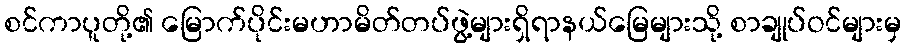
စင်ကာပူတို့၏ မြောက်ပိုင်းမဟာမိတ်တပ်ဖွဲ့များရှိရာနယ်မြေများသို့ စာချုပ်ဝင်များမှ